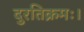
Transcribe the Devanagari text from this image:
दुरतिक्रमः।